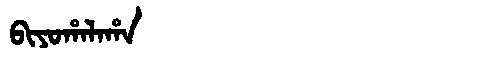
Manchu: ᠪᡳᠶᠣᡥᠠᠯᠠᡥᠠ
Romanization: BIYOHALAHA